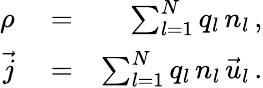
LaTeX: \begin{array}{rlr}{\rho}&{{}=}&{\sum_{l=1}^{N}q_{l}\, n_{l}\, ,}\\ {\vec{j}}&{{}=}&{\sum_{l=1}^{N}q_{l}\, n_{l}\, \vec{u}_{l}\, .}\end{array}